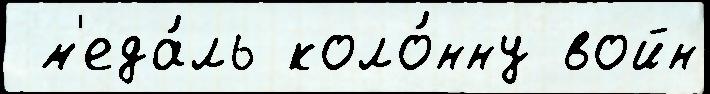
 м'еда́ль коло́нну войн